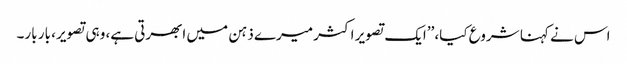
اس نے کہنا شروع کیا، ’’ایک تصویر اکثر میرے ذہن میں ابھرتی ہے، وہی تصویر، بار بار۔